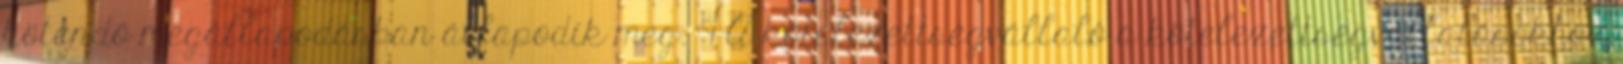
kötendő megállapodásban állapodik meg. 4 A kötelezettségvállaló a kötelezettségvállalásokhoz